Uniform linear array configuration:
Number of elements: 16
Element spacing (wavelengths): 0.75
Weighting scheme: cosine
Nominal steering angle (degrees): -15
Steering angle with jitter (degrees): -15.284
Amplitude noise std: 0.05
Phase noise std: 0.05

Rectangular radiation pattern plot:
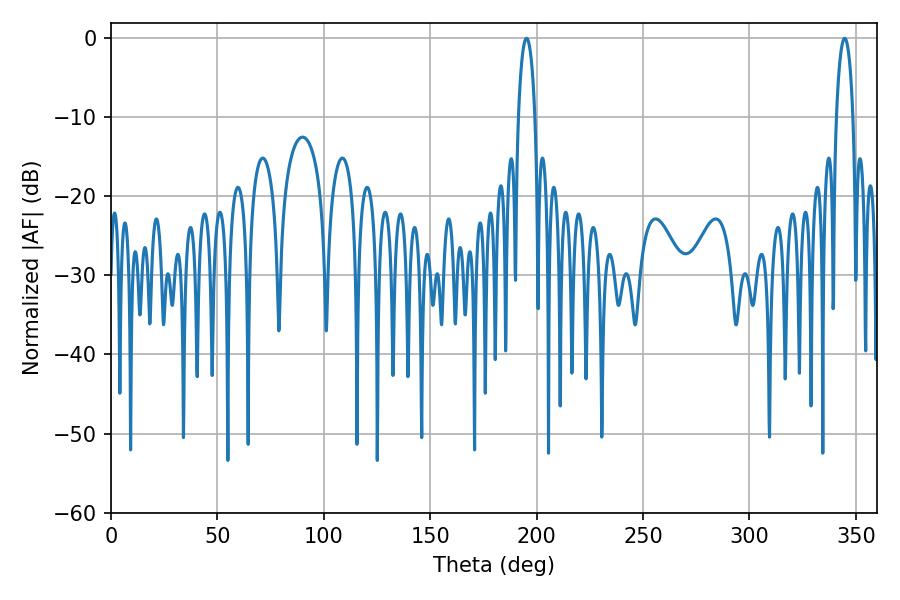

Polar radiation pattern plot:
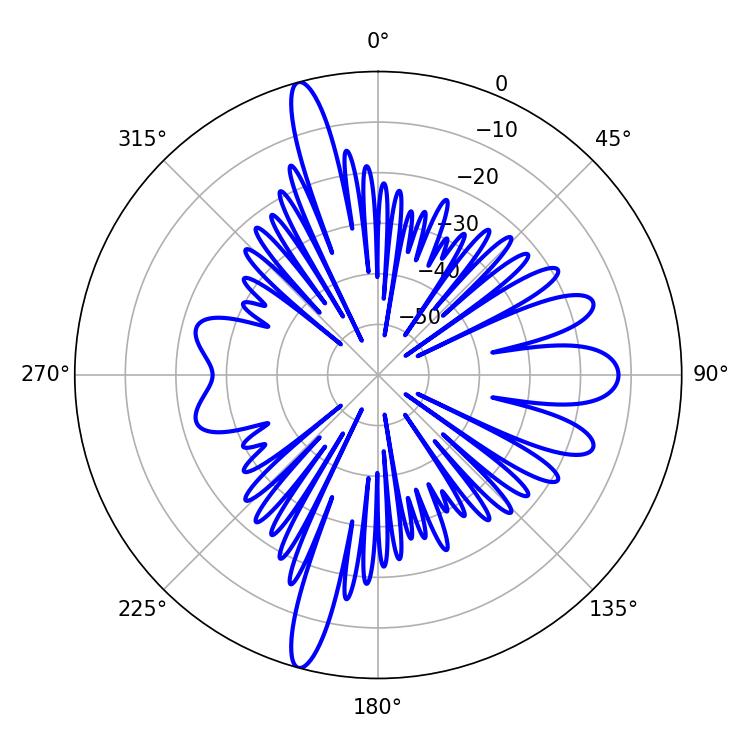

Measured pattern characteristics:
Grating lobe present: TRUE
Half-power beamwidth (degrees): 4.32
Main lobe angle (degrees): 344.7